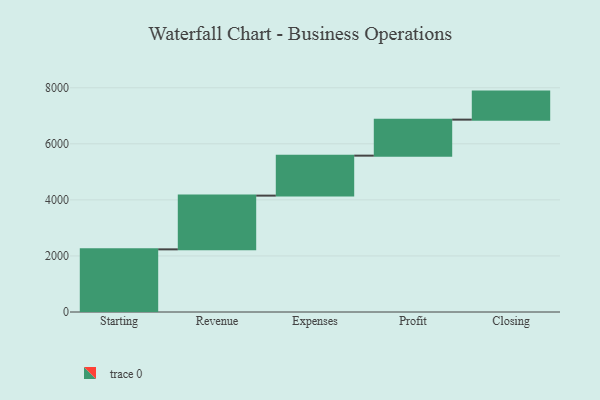
{"axis": {"x": "Step", "y": "Value"}, "legend": [""], "data": [{"x": "Starting", "y": 2235.0, "type": ""}, {"x": "Revenue", "y": 1917.0, "type": ""}, {"x": "Expenses", "y": 1426.0, "type": ""}, {"x": "Profit", "y": 1285.0, "type": ""}, {"x": "Closing", "y": 1000, "type": ""}]}